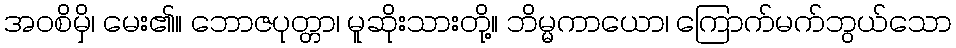
အဝစိမှိ၊ မေး၏။ ဘောဇပုတ္တာ၊ မူဆိုးသားတို့။ ဘိမ္မကာယော၊ ကြောက်မက်ဘွယ်သော